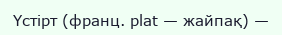
Үстірт (франц. plat — жайпақ) —